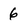
Character: 6